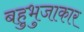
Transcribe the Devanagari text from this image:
बहुभुजाकार